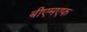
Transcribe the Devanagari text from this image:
बीएमएफ